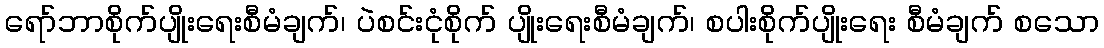
ရော်ဘာစိုက်ပျိုးရေးစီမံချက်၊ ပဲစင်းငုံစိုက် ပျိုးရေးစီမံချက်၊ စပါးစိုက်ပျိုးရေး စီမံချက် စသော